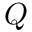
Q